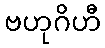
ဗဟုဂိဟီ